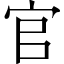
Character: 官